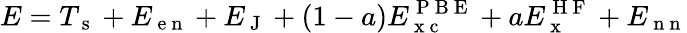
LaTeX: E=T_{\mathrm{~s~}}+E_{\mathrm{~e~n~}}+E_{\mathrm{~J~}}+(1-a)E_{\mathrm{~x~c~}}^{\mathrm{~P~B~E~}}+aE_{\mathrm{~x~}}^{\mathrm{~H~F~}}+E_{\mathrm{~n~n~}}